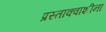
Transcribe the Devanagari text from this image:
प्रस्ताक्वाशीना